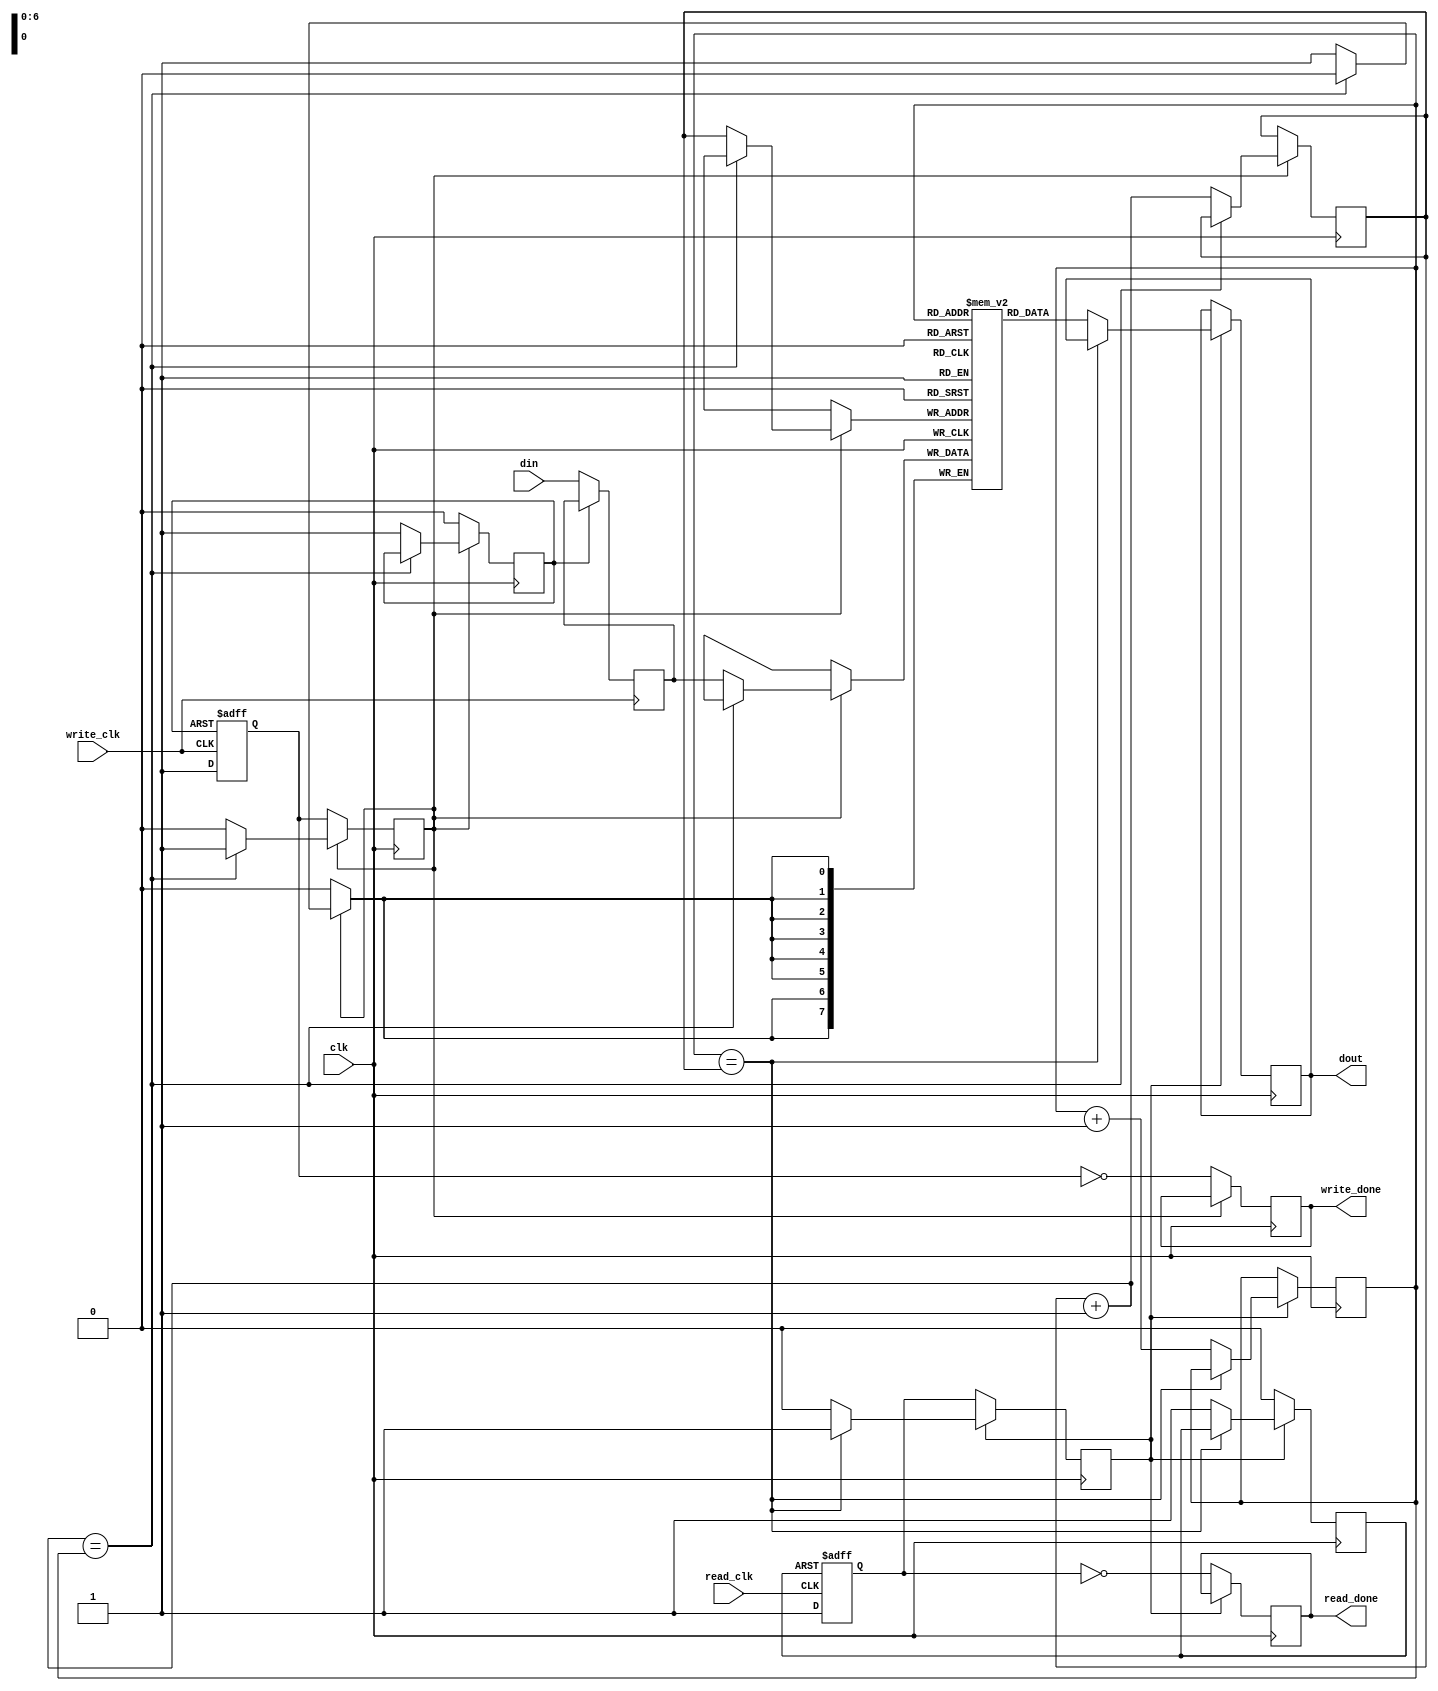
module fifo(clk,read_clk,write_clk,din,read_done,write_done,dout);
	input clk,read_clk,write_clk;
	input[7:0] din;
	output read_done,write_done;
	output[7:0] dout;
	reg read_done = 1;
	reg write_done = 1;
	
	/**  **/
	(*KEEP="TRUE"*)reg[6:0] write_addr = 7'd0 		/* synthesis preserve */;
	(*KEEP="TRUE"*)reg[6:0] read_addr = 7'd0  		/* synthesis preserve */;
	(*KEEP="TRUE"*)reg[7:0] read_data,write_data 	/* synthesis preserve */;
	(*KEEP="TRUE"*)reg[7:0] ram[0:127] 				/* synthesis preserve */;
	(*KEEP="TRUE"*)wire     fifo_empty,fifo_full 	/* synthesis keep */;
	(*KEEP="TRUE"*)reg      read_flag = 0 			/* synthesis preserve */;
	(*KEEP="TRUE"*)reg      write_flag = 0 			/* synthesis preserve */;
	(*KEEP="TRUE"*)reg 		write_state = 0			/* synthesis preserve */;
	(*KEEP="TRUE"*)reg      read_state = 0			/* synthesis preserve */;
	(*KEEP="TRUE"*)reg      rst_write_flag = 0		/* synthesis preserve */;
	(*KEEP="TRUE"*)reg      rst_read_flag = 0		/* synthesis preserve */;
	
	wire [6:0] tmp;   // tmp = write_addr+1
	assign tmp = write_addr + 7'd1;
	assign fifo_empty = read_addr==write_addr;
	assign fifo_full = tmp==read_addr;
	assign dout = read_data;
	
	// read
	always@(posedge read_clk or posedge rst_read_flag)
		if(rst_read_flag)
			read_flag <= 0;
		else
			read_flag <= 1;

	always@(negedge clk)
		if(~read_state) begin
			read_state <= read_flag;
			read_done <= ~read_flag;
			rst_read_flag <= 0;
		end
		else 
			if(~fifo_empty) begin
				read_data <= ram[read_addr];
				read_addr <= read_addr+1; // notice !!
				read_state <= 0;
				rst_read_flag <= 1;
			end
			
	// write			
	always@(posedge write_clk or posedge rst_write_flag)
		if(rst_write_flag)
			write_flag <= 0;
		else begin
			write_flag <= 1;
			write_data <= din;
		end
	always@(negedge clk)
		if(~write_state) begin
			write_state <= write_flag;
			write_done <= ~write_flag;
			rst_write_flag <= 0;
		end
		else
			if(~fifo_full) begin
				ram[write_addr] <= write_data;
				write_addr <= write_addr+1; // notice !!
				write_state <= 0;
				rst_write_flag <= 1;
			end
endmodule